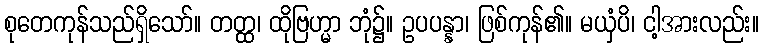
စုတေကုန်သည်ရှိသော်။ တတ္ထ၊ ထိုဗြဟ္မာ ဘုံ၌။ ဥပပန္နာ၊ ဖြစ်ကုန်၏။ မယှံပိ၊ ငါ့အားလည်း။